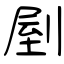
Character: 剭